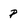
Character: p